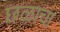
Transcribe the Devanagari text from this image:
छळाचा